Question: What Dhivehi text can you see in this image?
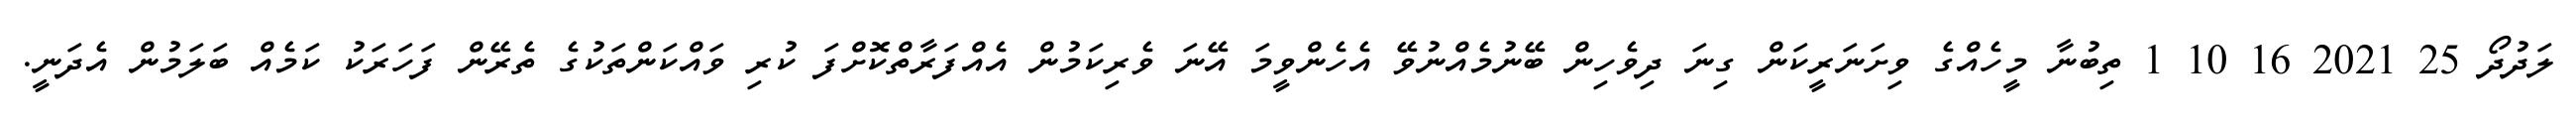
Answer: ލަދުދޯ 25 2021 16 10 1 ތިބުނާ މީހެއްގެ ވިށަނަރީކަން ގިނަ ދިވެހިން ބޭނުމެއްނުވޭ އެހެންވީމަ އޭނަ ވެރިކަމުން އެއްފަރާތްކޮށްފަ ކުރި ވައްކަންތަކުގެ ތެރޭން ފަހަރަކު ކަމެއް ބަލަމުން އެދަނީ.